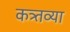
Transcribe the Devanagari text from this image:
कत्र्तव्या